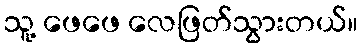
သူ့ ဖေဖေ လေဖြတ်သွားတယ်။